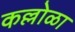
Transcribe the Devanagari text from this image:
कल्लोळा